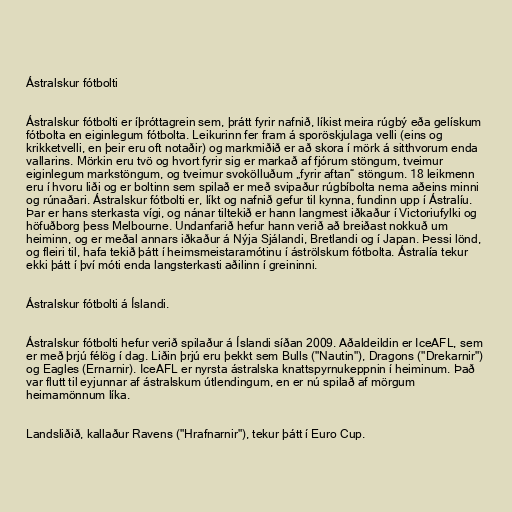
Ástralskur fótbolti

Ástralskur fótbolti er íþróttagrein sem, þrátt fyrir nafnið, líkist meira rúgbý eða gelískum
fótbolta en eiginlegum fótbolta. Leikurinn fer fram á sporöskjulaga velli (eins og
krikketvelli, en þeir eru oft notaðir) og markmiðið er að skora í mörk á sitthvorum enda
vallarins. Mörkin eru tvö og hvort fyrir sig er markað af fjórum stöngum, tveimur
eiginlegum markstöngum, og tveimur svokölluðum „fyrir aftan“ stöngum. 18 leikmenn
eru í hvoru liði og er boltinn sem spilað er með svipaður rúgbíbolta nema aðeins minni
og rúnaðari. Ástralskur fótbolti er, líkt og nafnið gefur til kynna, fundinn upp í Ástralíu.
Þar er hans sterkasta vígi, og nánar tiltekið er hann langmest iðkaður í Victoriufylki og
höfuðborg þess Melbourne. Undanfarið hefur hann verið að breiðast nokkuð um
heiminn, og er meðal annars iðkaður á Nýja Sjálandi, Bretlandi og í Japan. Þessi lönd,
og fleiri til, hafa tekið þátt í heimsmeistaramótinu í áströlskum fótbolta. Ástralía tekur
ekki þátt í því móti enda langsterkasti aðilinn í greininni.

Ástralskur fótbolti á Íslandi.

Ástralskur fótbolti hefur verið spilaður á Íslandi síðan 2009. Aðaldeildin er IceAFL, sem
er með þrjú félög í dag. Liðin þrjú eru þekkt sem Bulls ("Nautin"), Dragons ("Drekarnir")
og Eagles (Ernarnir). IceAFL er nyrsta ástralska knattspyrnukeppnin í heiminum. Það
var flutt til eyjunnar af ástralskum útlendingum, en er nú spilað af mörgum
heimamönnum líka.

Landsliðið, kallaður Ravens ("Hrafnarnir"), tekur þátt í Euro Cup.